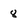
Character: 8